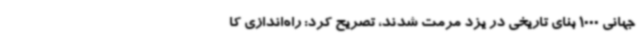
جهانی 1000 بنای تاریخی در یزد مرمت شدند، تصریح کرد: راه‌اندازی کا